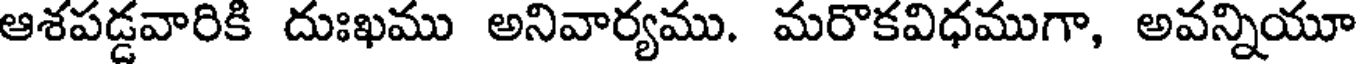
ఆశపడ్డవారికి దుఃఖము అనివార్యము. మరొకవిధముగా, అవన్నియూ